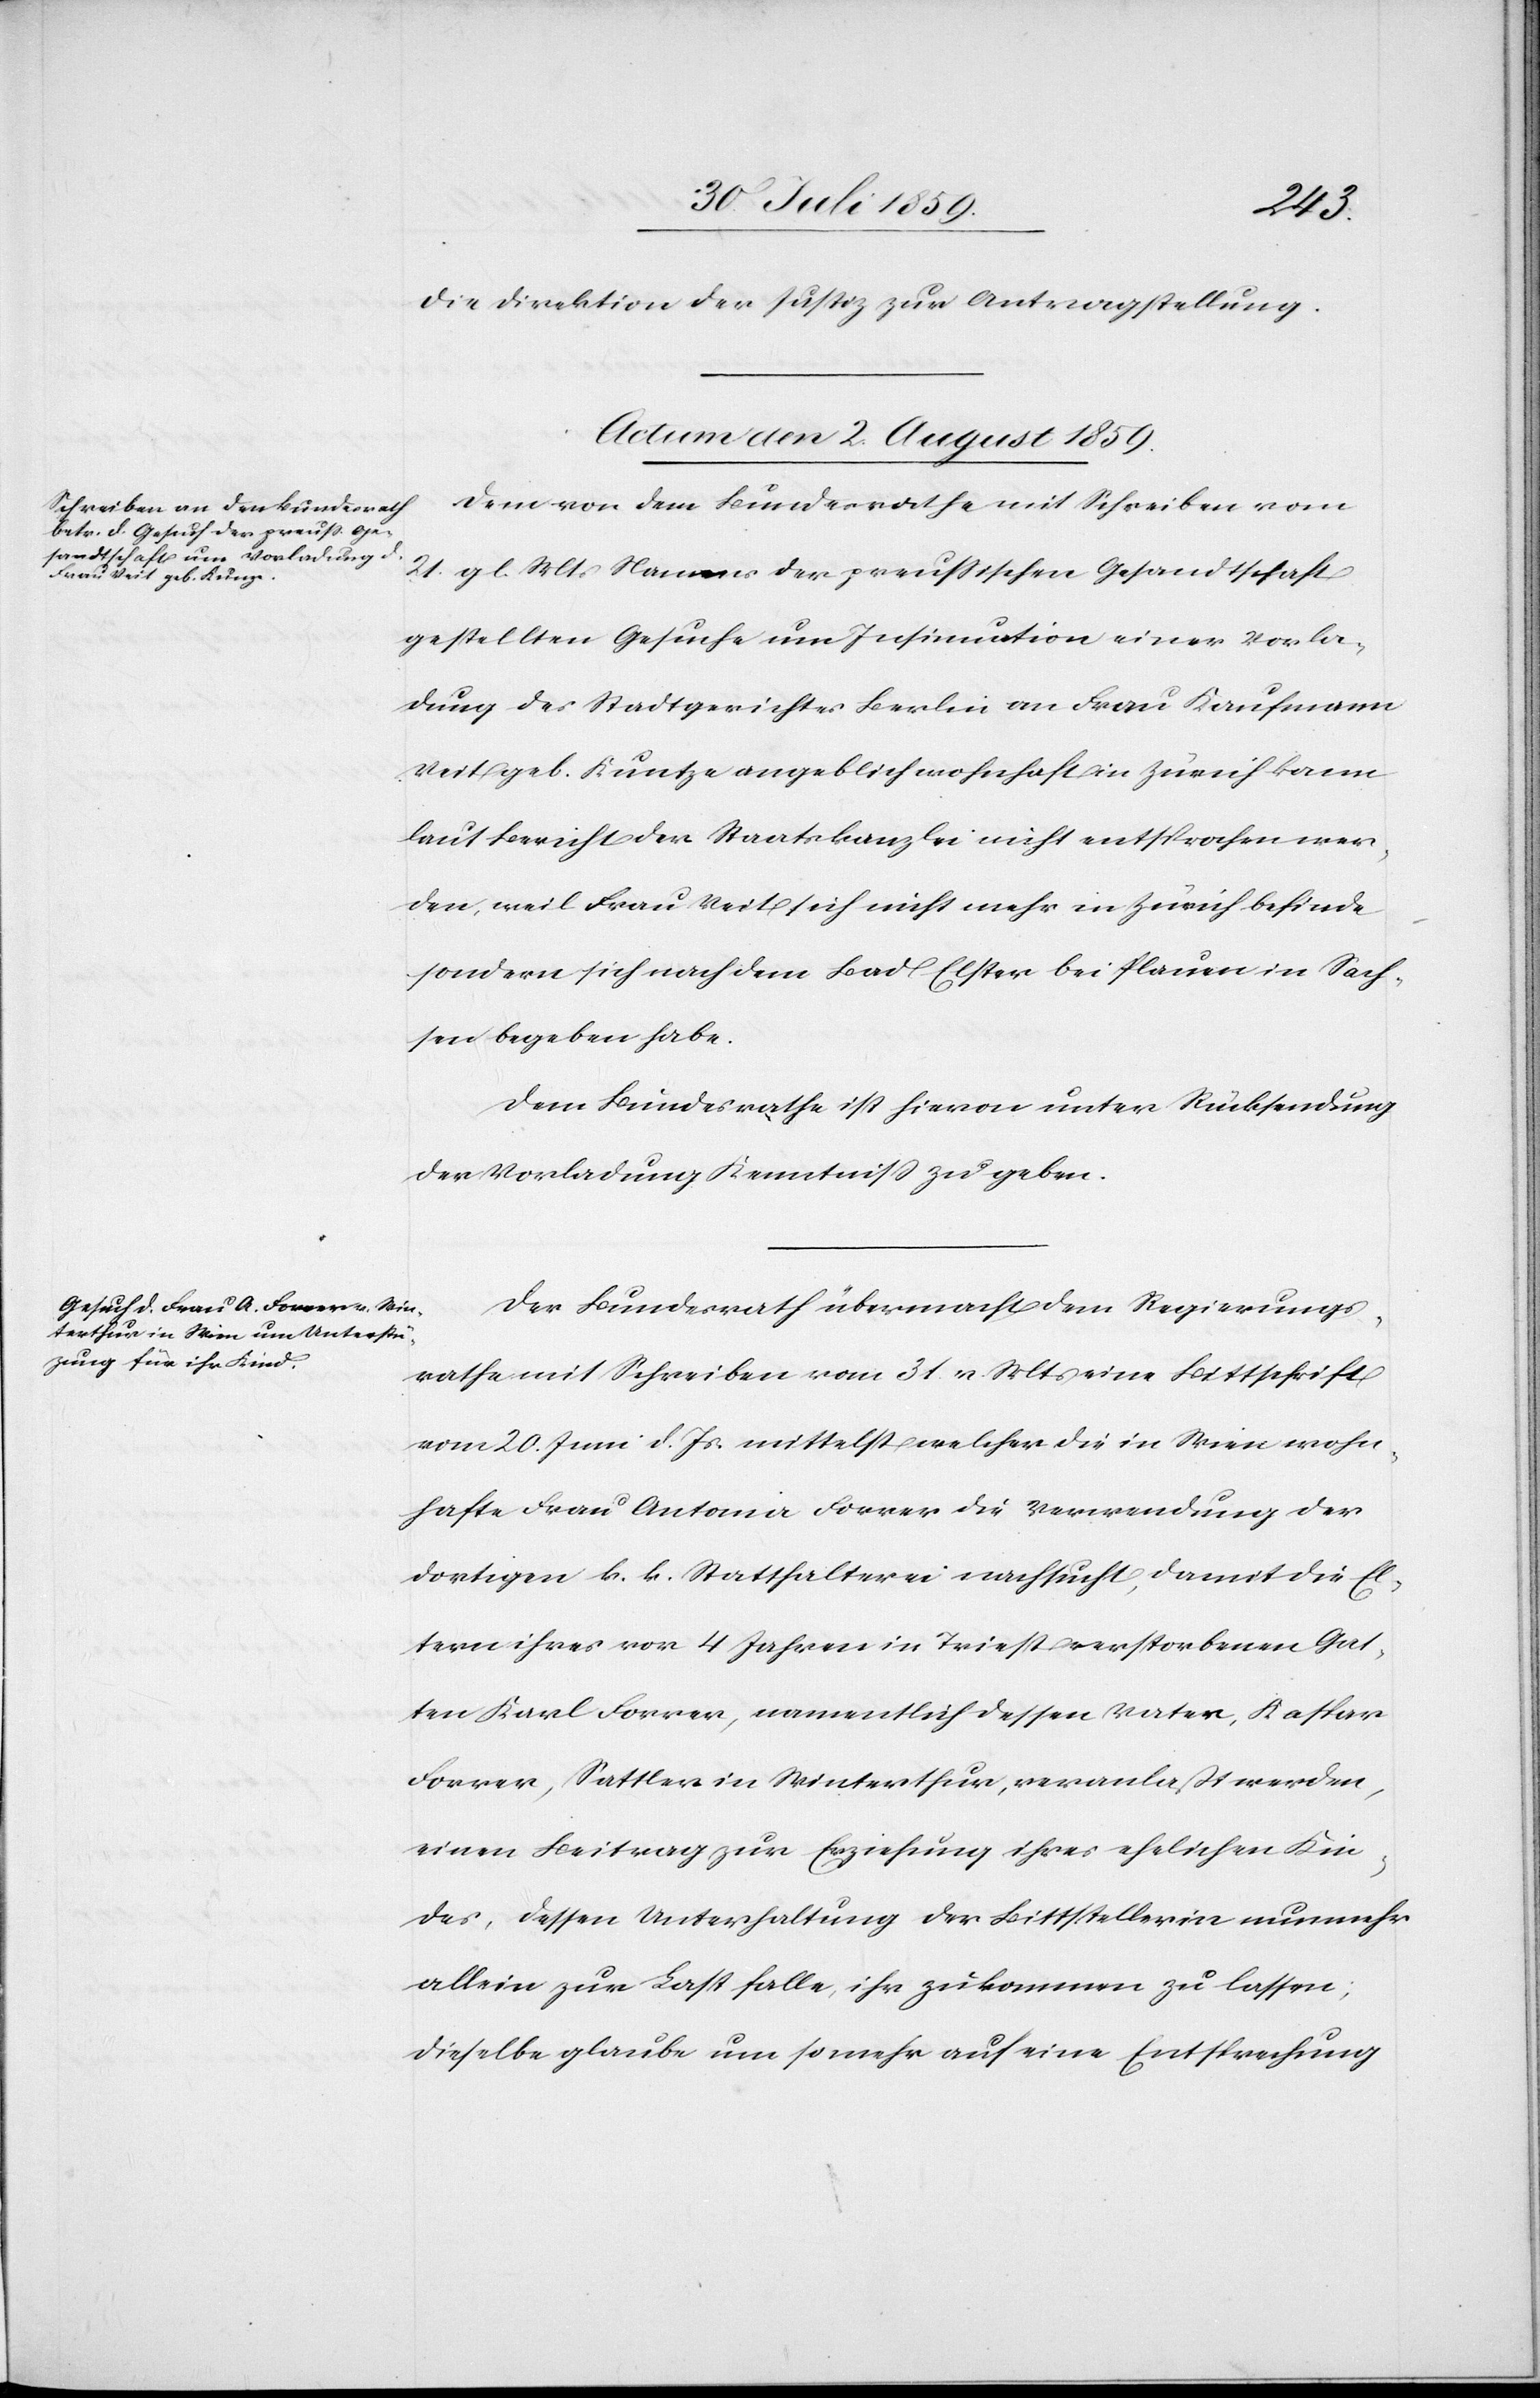
die Direktion der Justiz zur Antragstellung.
Actum den 2. August 1859.]
Dem von dem Bundesrathe mit Schreiben vom
21. gl. Mts. Namens der preußischen Gesandtschaft
gestellten Gesuche um Insinuation einer Vorla¬
dung des Stadtgerichtes Berlin an Frau Kaufmann
Veit geb. Kuntze [sic!] angeblich wohnhaft in Zürich kann
laut Bericht der Staatskanzlei nicht entsprochen wer¬
den, weil Frau Veit sich nicht mehr in Zürich befinde
sondern sich nach dem Bad Elster bei Plauen in Sach¬
sen begeben habe.
Dem Bundesrathe ist hievon unter Rücksendung
der Vorladung Kenntniß zu geben.
Der Bundesrath übermacht dem Regierungs¬
rathe mit Schreiben vom 31. v. Mts. eine Bittschrift
vom 20. Juni d. Js. mittelst welcher die in Wien wohn¬
hafte Frau Antonia Forrer die Verwendung der
dortigen k. k. Statthalterei nachsucht, damit die El¬
tern ihres vor 4 Jahren in Triest verstorbenen Gat¬
ten Karl Forrer, namentlich dessen Vater, Kaspar
Forrer, Sattler in Winterthur, veranlaßt werden,
einen Beitrag zur Erziehung ihres ehelichen Kin¬
des, dessen Unterhaltung der Bittstellerin nunmehr
allein zur Last falle, ihr zukommen zu lassen;
dieselbe glaube um so mehr auf eine Entsprechung